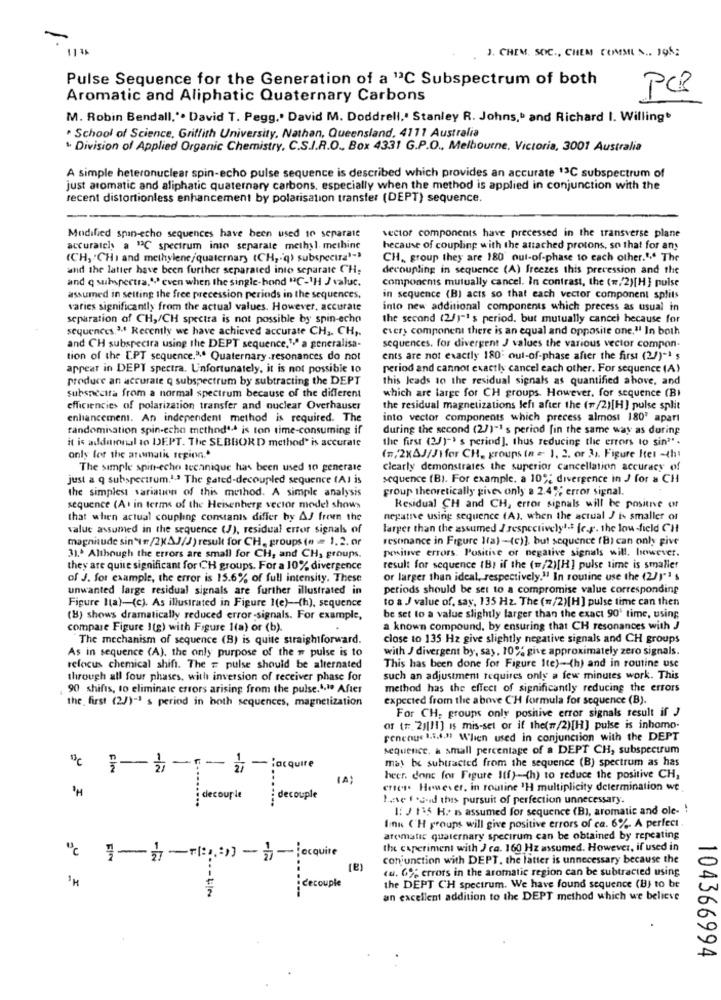
J. CHEM. SOC ., CHEM COMMI N .. 195;
Pulse Sequence for the Generation of a "3C Subspectrum of both
PCR
Aromatic and Aliphatic Quaternary Carbons
M. Robin Bendall,". David T. Pegg ,. David M. Doddrell,' Stanley R. Johns, and Richard I. Willing
. School of Science, Griffith University, Nathan, Queensland, 4111 Australia
Division of Applied Organic Chemistry, C.S.I.R.O ., Box 4331 G.P.O ., Melbourne, Victoria, 3001 Australia
A simple heteronuclear spin-echo pulse sequence is described which provides an accurate 13C subspectrum of
just aromatic and aliphatic quaternary carbons, especially when the method is applied in conjunction with the
recent distortionless enhancement by polarisation transfer (DEPT) sequence.
sector components have precessed in the transverse plane
Modified spin-echo sequences have been used 10 separate
accurately a "℃ spectrum into separate methyl. methine
because of coupling with the attached protons, so that for any
(CH, CHI and methylene/quaternary (CH,"q) subspectra'-3
CH ,, group they are 180' out-of-phase to each other."," The
and the latter have been further separated into separate CH,
decoupling in sequence (A) freezes this precession and the
and q subspectra."> even when the single-hond "C-1H J valuc.
components mutually cancel. In contrast, the (=/ 2)[H ] pulse
assumed in setting the free precession periods in the sequences,
in sequence (B) acts so that each vector component splits
varies significantly from the actual values. However, accurate
into new additional components which precess as usual in
separation of CH,/CH spectra is not possible by spin-echo
the second (27)"'s period. but mutually cancei hecause for
sequences.3.ª Recently we have achieved accurate CH ,. CH ,.
every component there is an equal and opposite one."! In both
and CH subspectra using the DEPT sequence.1ª a generalisa-
sequences. for divergent J values the various vector compon-
tion of the [PT sequence." .. Quaternary .resonances do not
ents are not exactly 180' out-of-phase after the first (27)" s
appear in DEPT spectra. Unfortunately, it is not possible 10
period and cannot exactly cancel each other. For sequence (A)
produce an accurate q subspectrum by subtracting the DEPT
this leads to the residual signals as quantified above, and
subsaceita from a normal spectrum because of the different
which are large for CH groups. However, for sequence (BI
efficiencies of polarization transfer and nuclear Overhauser
the residual magnetizations left after the (#/2)[H] pulse split
enhancement. An independent method is required. The
into vector components which precess almost 180' apart
randomisation spin-echo method4.ª is ton time-consuming if
during the second (27)"1 s period fin the same way as during
it is additional to DEPT. The SEBBORD method' is accurate
the first (25)"' s perind], thus reducing the errors to sin".
only for the aromatic region."
(,2XAJ/JHfor CH, groups (n = 1, 2, or 3). Figure Itet -th!
The simple spitr-echo technique has been used 10 generate
clearly demonstrates the superior cancellation accuracy of
just a q subspectrum.1.ª The gated-decoupled sequence (AJ is
sequence (B). For example, a 10% divergence in J for & CH
the simplest variauon of this method. A simple analysis
group theoretically give- only a 2.4% error signal.
sequence (A) in terms of the Heisenberg vector model shows
Residual CH and CH, error signals will be positive or
that when actual coupling constants differ by AJ freuen the
negative using sequence (A). when the actual J is smaller of
value assumed in the sequence (J), residual error signals of
larger than the assumed I respectively1-t fer. the low-field CH
magnitude sin"tr /2XAJ/J)result for CH, groups (n = 1.2. or
resonance in Figure I(a) -(c), but sequence (8) can only give
positive errors. Positive or negative signals will, however.
31.º Although the errors are small for CH, and CH, groups.
they are quite significant for CH groups. For a 10% divergence
result for sequence (B) if the (=/2)[H] pulse time is smaller
of J. for example, the error is 15.6% of full intensity. These
or larger than ideal, respectively." In routine use the (2/1"' s
unwanted large residual signals are further illustrated in
periods should be set to a compromise value corresponding
Figure Ita)-(c). As illustrated in Figure 1(e)-(h), sequence
to a J value of, say, 135 Hz. The (=/2)[H] pulse time can then
(B) shows dramatically reduced error-signals. For example,
be set to a value slightly larger than the exact 90' time, using
compare Figure 1(g) with Figure 1(a) or (b).
a known compound, by ensuring that CH resonances with J
The mechanism of sequence (B) is quite straightforward.
close to 135 Hz give slightly negative signals and CH groups
As in sequence (A). the only purpose of the # pulse is to
with J divergent by, say, 10% give approximately zero signals.
refocus chemical shifi. The = pulse should be alternated
This has been done for Figure Ite)- (h) and in routine use
through all four phases, with inversion of receiver phase for
such an adjustment requires only a few minutes work. This
90 shifts, to eliminate errors arising from the pulse.1.1º After
method has the effect of significantly reducing the errors
the first (2/)-1 s period in both sequences, magnetization
expected from the above CH formula for sequence (B).
For CH, groups only positive error signals result if J
Of (#: 2)[11] is mis-set or if the(w/2)[H] pulse is inhomo-
genenye 1.5.4.31 When used in conjunction with the DEPT
sequence, a small percentage of a DEPT CH, subspectrum
may be subtracted from the sequence (B) spectrum as has
"℃ ;3-"- à -jacquire
heer. donc for Figure Itf)-(h) to reduce the positive CH,
ertes. However, in routine 'H multiplicity determination we
........
Have 1 .s-id this pursuit of perfection unnecessary.
1: J 135 H/ I assumed for sequence (B), aromatic and ole- !
Inn C'H groups will give positive errors of ca. 6%. A perfect.
arematic quaternary specirum can be obtained by repeating
the caperiment with J ca. 160 Hz assumed. However, if used in
conjunction with DEPT. the latter is unnecessary because the
cu. 6% errors in the aromatic region can be subtracted using
¡ decouple
the DEPT CH spectrum. We have found sequence (B) to be
an excellent addition to the DEPT method which we believe
104366994